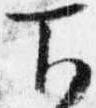
下